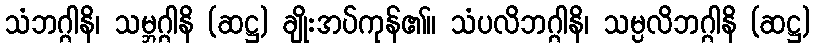
သံဘဂ္ဂါနိ၊ သမ္ဘဂ္ဂါနိ (ဆဋ္ဌ) ချိုးအပ်ကုန်၏။ သံပလိဘဂ္ဂါနိ၊ သမ္ပလိဘဂ္ဂါနိ (ဆဋ္ဌ)